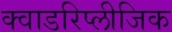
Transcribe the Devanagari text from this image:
क्वाडरिप्लीजिक